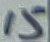
Text: 15